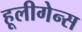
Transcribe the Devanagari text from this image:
हूलीगेन्स